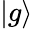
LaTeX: \vert g\rangle